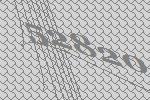
52820